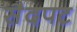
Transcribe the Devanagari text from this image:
सैदपट